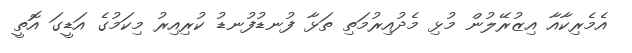
އެމެރިކާއާ އިޒުރޭލުން މުޅި މެދުއިރުމަތި ތަޅާ ފުނޑުފުނޑު ކުރިއިރު މިކަމުގެ އަޑީގަ އޮތީ